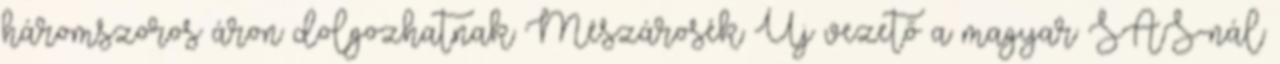
háromszoros áron dolgozhatnak Mészárosék Új vezető a magyar SAS-nál